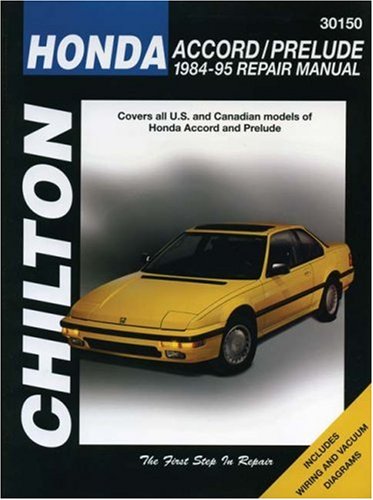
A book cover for Honda Accord and Prelude, 1984-95 (Chilton Total Car Care Series Manuals); Chilton; Engineering & Transportation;